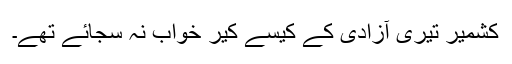
کشمیر تیری آزادی کے کیسے کیر خواب نہ سجائے تھے۔